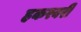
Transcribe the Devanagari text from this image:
हकरबरी